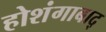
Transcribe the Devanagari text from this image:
होशंगाबाद्